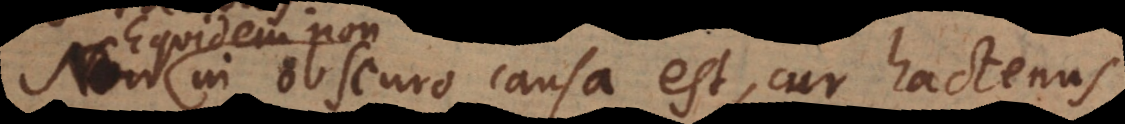
in obscuro causa est, cur hacten